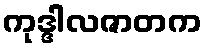
ကုဒ္ဒါလဇာတက